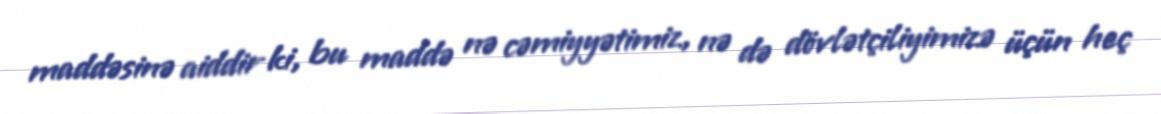
maddəsinə aiddir ki, bu maddə nə cəmiyyətimiz, nə də dövlətçiliyimizə üçün heç